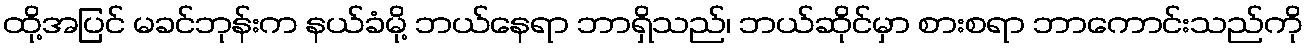
ထို့အပြင် မခင်ဘုန်းက နယ်ခံမို့ ဘယ်နေရာ ဘာရှိသည်၊ ဘယ်ဆိုင်မှာ စားစရာ ဘာကောင်းသည်ကို